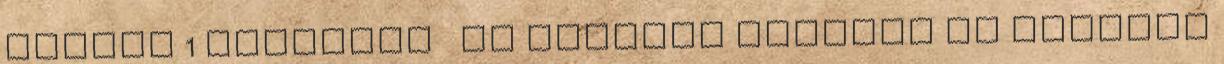
paszta 1 Rendezés Ár szerint növekvő Ár szerint